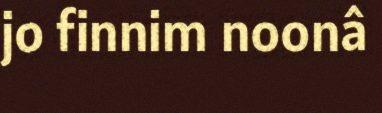
jo finnim noonâ